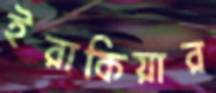
ইরাকিয়ার